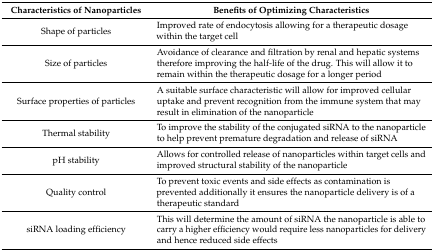
<table><thead><tr><td><b>Characteristics of Nanoparticles</b></td><td><b>Benefits of Optimizing Characteristics</b></td></tr></thead><tbody><tr><td>Shape of particles</td><td>Improved rate of endocytosis allowing for a therapeutic dosage within the target cell</td></tr><tr><td>Size of particles</td><td>Avoidance of clearance and filtration by renal and hepatic systems therefore improving the half-life of the drug. This will allow it to remain within the therapeutic dosage for a longer period</td></tr><tr><td>Surface properties of particles</td><td>A suitable surface characteristic will allow for improved cellular uptake and prevent recognition from the immune system that may result in elimination of the nanoparticle</td></tr><tr><td>Thermal stability</td><td>To improve the stability of the conjugated siRNA to the nanoparticle to help prevent premature degradation and release of siRNA</td></tr><tr><td>pH stability</td><td>Allows for controlled release of nanoparticles within target cells and improved structural stability of the nanoparticle</td></tr><tr><td>Quality control</td><td>To prevent toxic events and side effects as contamination is prevented additionally it ensures the nanoparticle delivery is of a therapeutic standard</td></tr><tr><td>siRNA loading efficiency</td><td>This will determine the amount of siRNA the nanoparticle is able to carry a higher efficiency would require less nanoparticles for delivery and hence reduced side effects</td></tr></tbody></table>